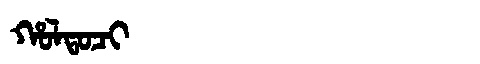
Manchu: ᡥᠣᠯᡨᠣᠴᡳ
Romanization: HOLTOCI